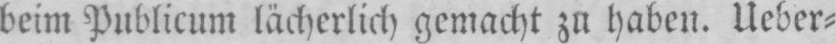
beim Publicum lächerlich gemacht zu haben. Ueber⸗